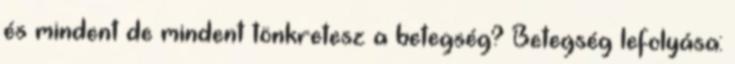
és mindent de mindent tönkretesz a betegség? Betegség lefolyása: